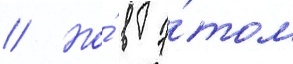
// Но́ в э́том